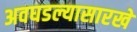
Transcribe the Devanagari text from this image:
अवघडल्यासारखे